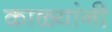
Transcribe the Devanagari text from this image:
काळ्यांनी